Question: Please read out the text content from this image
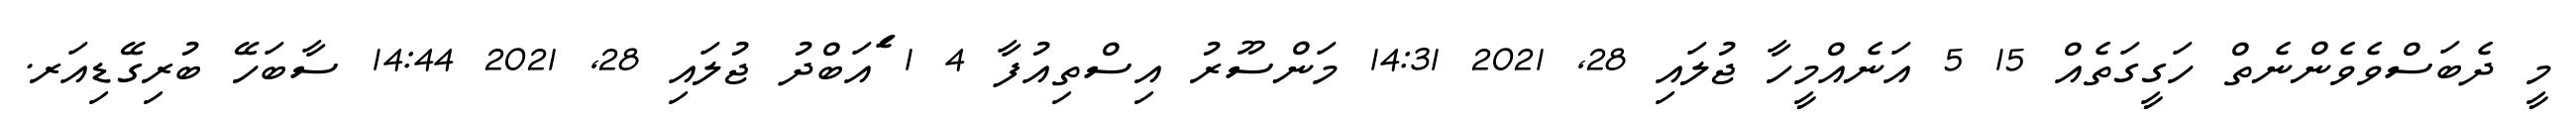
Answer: މީ ދެބަސްވެވެންނެތް ހަގީގަތެއް 15 5 އަނެއްމީހާ ޖުލައި 28, 2021 14:31 މަންސޫރު އިސްތިއުފާ 4 1 ެައަބްދު ޖުލައި 28, 2021 14:44 ސާބަހޭ ބުރިގޭޑިއަރ.